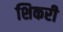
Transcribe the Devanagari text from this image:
शिकरी